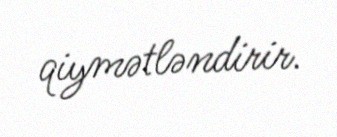
qiymətləndirir.